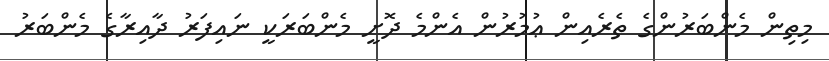
މިތިން މެންބަރުންގެ ތެރެއިން ޢުމުރުން އެންމެ ދޮށީ މެންބަރަކީ ނައިފަރު ދާއިރާގެ މެންބަރު